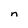
Character: n